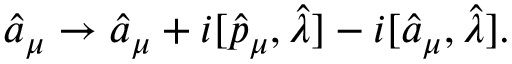
\hat { a } _ { \mu } \rightarrow \hat { a } _ { \mu } + i [ \hat { p } _ { \mu } , \hat { \lambda } ] - i [ \hat { a } _ { \mu } , \hat { \lambda } ] .